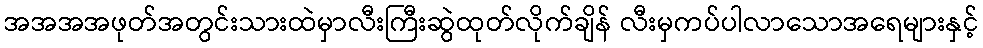
အအအအဖုတ်အတွင်းသားထဲမှာလီးကြီးဆွဲထုတ်လိုက်ချိန် လီးမှကပ်ပါလာသောအရေများနှင့်